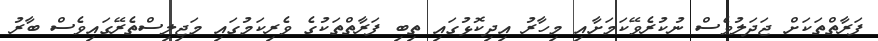
ފަރާތްތަކަށް ޖަދަލުވެސް ނުކުރެވޭކަމަށާއި މިހާރު އިދިކޮޅުގައި ތިބި ފަރާތްތަކުގެ ވެރިކަމުގައި މަޖިލިސްތެރޭގައިވެސް ބާރު